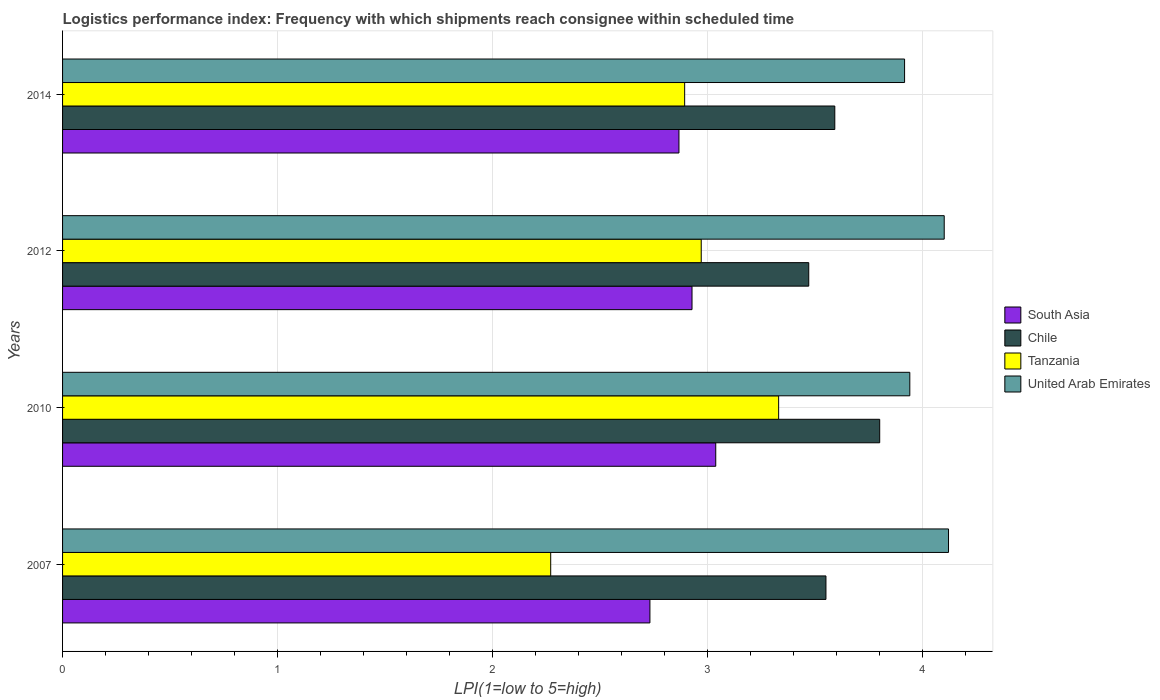
| Years | South Asia | Chile | Tanzania | United Arab Emirates |
 | --- | --- | --- | --- | --- |
 | 2007 | 2.73 | 3.55 | 2.27 | 4.12 |
 | 2010 | 3.04 | 3.8 | 3.33 | 3.94 |
 | 2012 | 2.93 | 3.47 | 2.97 | 4.1 |
 | 2014 | 2.87 | 3.59 | 2.89 | 3.92 |